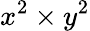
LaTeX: x^{2}\times y^{2}